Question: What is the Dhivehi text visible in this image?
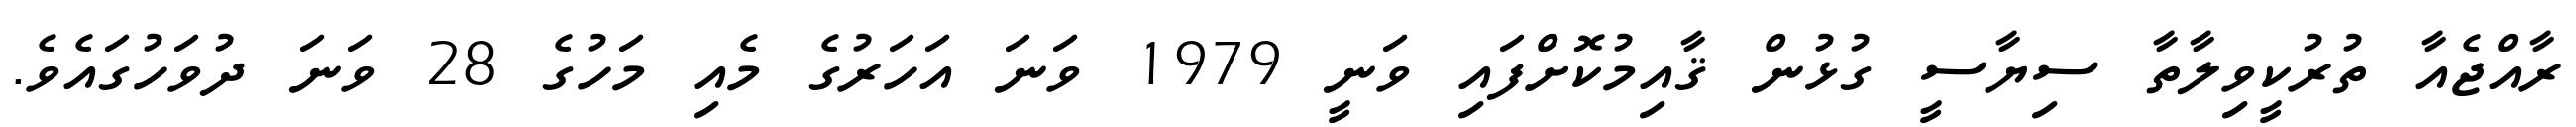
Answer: ރާއްޖެއާ ތުރުކީވިލާތާ ސިޔާސީ ގުޅުން ޤާއިމުކޮށްފައި ވަނީ 1979 ވަނަ އަހަރުގެ މެއި މަހުގެ 28 ވަނަ ދުވަހުގައެވެ.